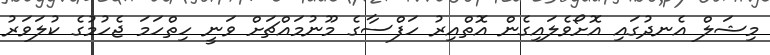
މިޝަލް އެނދުގައި އޮށޯވެލައިގެން އޮތްއިރު ހަފްސާގެ މޫނުމައްޗަށް ވަނީ ހިތްހަމަ ޖެހުމުގެ ކުލަވަރު